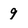
Character: 9